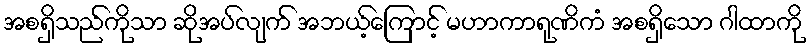
အစရှိသည်ကိုသာ ဆိုအပ်လျက် အဘယ့်ကြောင့် မဟာကာရုဏိကံ အစရှိသော ဂါထာကို